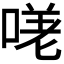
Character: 𭉈